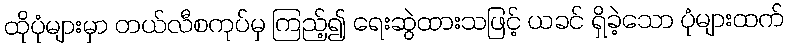
ထိုပုံများမှာ တယ်လီစကုပ်မှ ကြည့်၍ ရေးဆွဲထားသဖြင့် ယခင် ရှိခဲ့သော ပုံများထက်